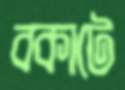
বকাটে